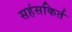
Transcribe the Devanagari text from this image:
सहंसकिर्त